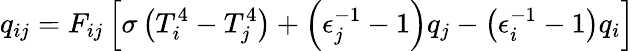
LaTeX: q_{ij}=F_{ij}\left[\sigma\left(T_{i}^{4}-T_{j}^{4}\right)+\left(\epsilon_{j}^{-1}-1\right)q_{j}-\left(\epsilon_{i}^{-1}-1\right)q_{i}\right]